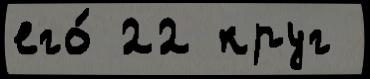
его́ 22 круг